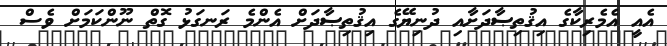
އެއީ އެމެރިކާގެ އިޤުތިޞާދަށާއި ދުނިޔޭގެ އިޤުތިޞާދަށް އެންމެ ރަނގަޅު ގޮތް ނޫންކަމަށް ވެސް